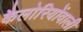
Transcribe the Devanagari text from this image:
कैलोरियोंवाली